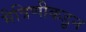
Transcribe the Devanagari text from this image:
मैत्रिणीकडून